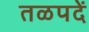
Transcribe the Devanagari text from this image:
तळपदें